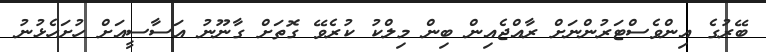
ބޭރުގެ އިންވެސްޓަރުންނަށް ރާއްޖެއިން ބިން މިލްކު ކުރެވޭ ގޮތަށް ގާނޫނު އަސާސީއަށް ހުށަހެޅުނު